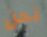
نحن